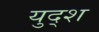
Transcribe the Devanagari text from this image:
युद्श